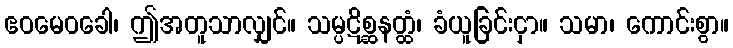
ဧဝမေဝခေါ၊ ဤအတူသာလျှင်။ သမ္ပဋိစ္ဆနတ္ထံ၊ ခံယူခြင်းငှာ။ သမာ၊ ကောင်းစွာ။